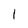
Character: 1